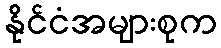
နိုင်ငံအများစုက